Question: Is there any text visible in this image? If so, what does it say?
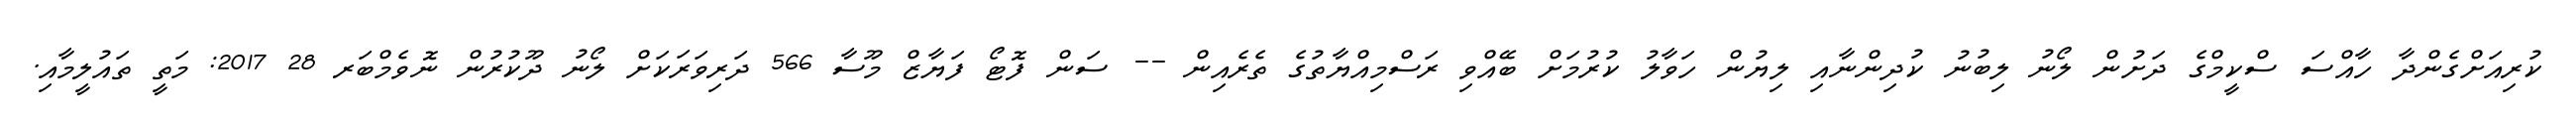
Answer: ކުރިއަށްގެންދާ ހާއްސަ ސްކީމްގެ ދަށުން ލޯނު ލިބުނު ކުދިންނާއި ލިޔުން ހަވާލު ކުރުމަށް ބޭއްވި ރަސްމިއްޔާތުގެ ތެރެއިން -- ސަން ފޮޓޯ ފަޔާޒް މޫސާ 566 ދަރިވަރަކަށް ލޯނު ދޫކުރުން ނޮވެމްބަރ 28 2017: މަތީ ތައުލީމާއި.